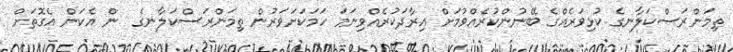
ތިމަންރަސްކަލާނގެ ކުޅިވަރެއްގެ ބޭނުންކުރެއްވުމަށް އިރާދަކުރެއްވިނަމަ ހަމަކަށަވަރުން ތިމަންރަސްކަލާނގެ  ން އެކަން އެގޮތަށް